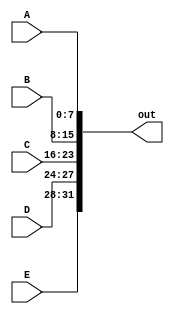
module CAT_32(input [7:0] A,
              input [7:0] B,
              input [7:0] C,
              input [3:0] D,
              input [3:0] E,
              output reg [31:0] out
             ); 

  always @(*)
    begin
        out = {E, D, C, B, A};
    end
  
endmodule